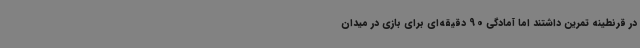
در قرنطینه تمرین داشتند اما آمادگی 90 دقیقه‌ای برای بازی در میدان